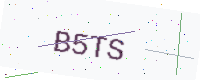
Text: B5TS